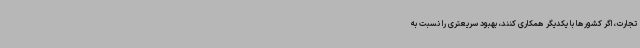
تجارت، اگر کشورها با یکدیگر همکاری کنند، بهبود سریعتری را نسبت به